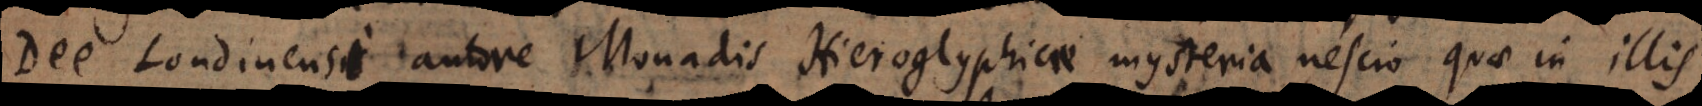
Dee Londinensi autore Monadis Hieroglyphicae mysteria nescio quae in illis